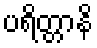
ပရိတ္တာနိ